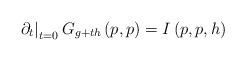
LaTeX: \begin{align*}\left. \partial _{t}\right\vert _{t=0}G_{g+th}\left( p,p\right) =I\left(p,p,h\right) \end{align*}